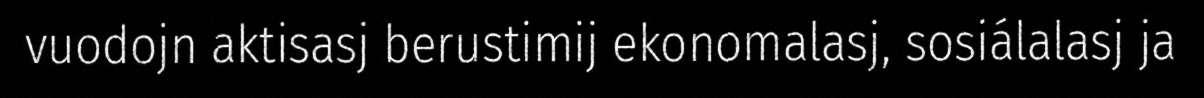
vuodojn aktisasj berustimij ekonomalasj, sosiálalasj ja